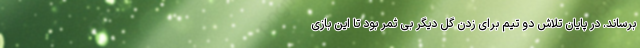
برساند. در پایان تلاش دو تیم برای زدن گل دیگر بی ثمر بود تا این بازی